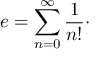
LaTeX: e = \sum _ { n = 0 } ^ { \infty } { \frac { 1 } { n ! } } \cdot